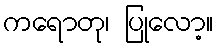
ကရောတု၊ ပြုလော့။